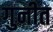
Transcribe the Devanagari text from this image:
गुनीत